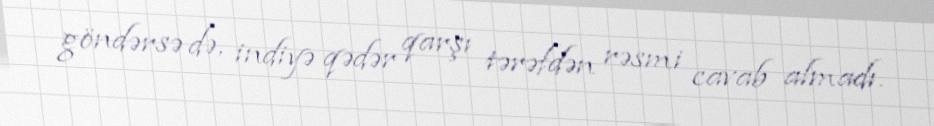
göndərsə də, indiyə qədər qarşı tərəfdən rəsmi cavab almadı.